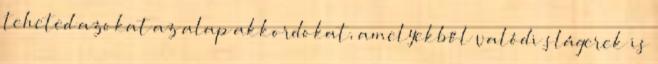
teheted azokat az alap akkordokat, amelyekből valódi slágerek is